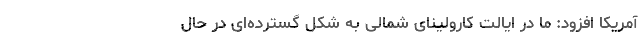
آمریکا افزود: ما در ایالت کارولینای شمالی به شکل گسترده‌ای در حال